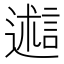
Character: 𬩋